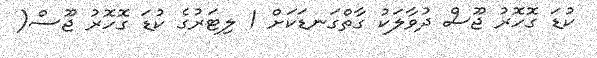
ކުޑަ ގޮހޮރު ޖޫސް ދުވާލަކު ގާތްގަނޑަކަށް 1 ލިޓަރުގެ ކުޑަ ގޮހޮރު ޖޫސް(